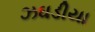
ઝઘડીયા